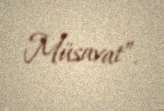
Müsavat”.